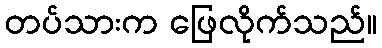
တပ်သားက ဖြေလိုက်သည်။